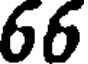
66